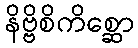
နိဗ္ဗိစိကိစ္ဆော